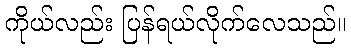
ကိုယ်လည်း ပြန်ရယ်လိုက်လေသည်။